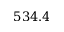
5 3 4 . 4